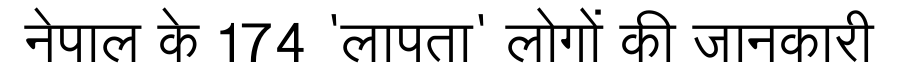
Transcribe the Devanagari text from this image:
नेपाल के 174 'लापता' लोगों की जानकारी